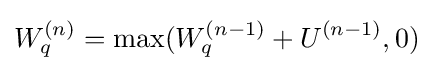
W_{q}^{(n)}=\max(W_{q}^{(n-1)}+U^{(n-1)},0)